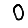
Digit: 0